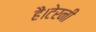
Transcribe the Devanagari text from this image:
हैं।टेरनी